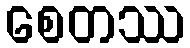
စေတဿ